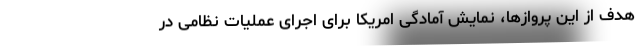
هدف از این پروازها، نمایش آمادگی امریکا برای اجرای عملیات نظامی در